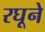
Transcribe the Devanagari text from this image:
रघूने